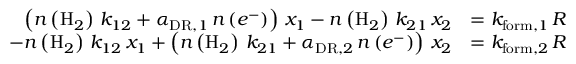
\begin{array} { r l } { \left( n \left( \mathrm { H } _ { 2 } \right) \, k _ { 1 2 } + \alpha _ { \mathrm { D R } , 1 } \, n \left( e ^ { - } \right) \right) \, x _ { 1 } - n \left( \mathrm { H } _ { 2 } \right) \, k _ { 2 1 } \, x _ { 2 } } & { = k _ { \mathrm { f o r m } , 1 } \, R } \\ { - n \left( \mathrm { H } _ { 2 } \right) \, k _ { 1 2 } \, x _ { 1 } + \left( n \left( \mathrm { H } _ { 2 } \right) \, k _ { 2 1 } + \alpha _ { \mathrm { D R } , 2 } \, n \left( e ^ { - } \right) \right) \, x _ { 2 } } & { = k _ { \mathrm { f o r m } , 2 } \, R } \end{array}